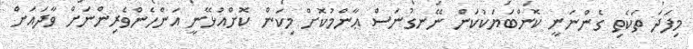
މިފަދަ ތަކެތި ގެންނަނީ ކޮންބަޔަކުކަން ނޭނގުނަސް ޢާންމުކޮށް މިކަން ކޮށްއުޅޭނީ އަންހެންވެރިންނަށް ވާދައަށް